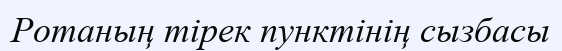
Ротаның тірек пунктінің сызбасы